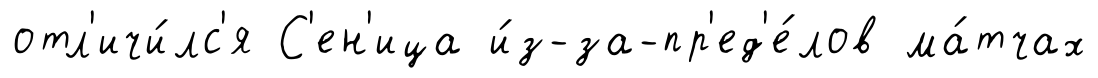
отл'ичи́лс'я С'ен'ица и́з-за-пр'ед'е́лов ма́тчах